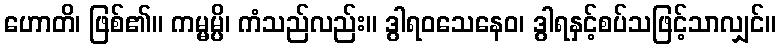
ဟောတိ၊ ဖြစ်၏။ ကမ္မမ္ပိ၊ ကံသည်လည်း။ ဒွါရဝသေနေဝ၊ ဒွါရနှင့်စပ်သဖြင့်သာလျှင်။